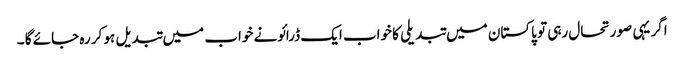
اگر یہی صورتحال رہی تو پاکستان میں تبدیلی کا خواب ایک ڈرائونے خواب میں تبد یل ہو کر رہ جائے گا ۔